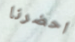
احضرنا